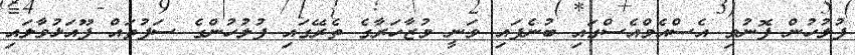
ފުލުހުން ފޮނުވި އެސްއެމްއެސްގައި ބުނެފައި ވަނީ މުޒާހަރާގެ ތެރޭގައި ފުލުހުންގެ ސަފުތައް ފޫއަޅުވާލައި